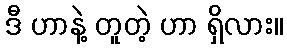
ဒီ ဟာနဲ့ တူတဲ့ ဟာ ရှိလား။